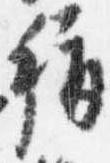
称